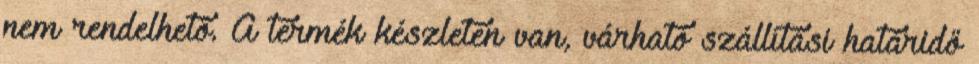
nem rendelhető. A termék készleten van, várható szállítási határidő